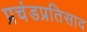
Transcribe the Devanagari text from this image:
प्रचंडप्रतिसाद